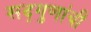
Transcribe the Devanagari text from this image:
सद्गुणांची